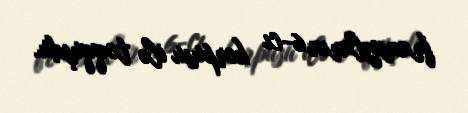
fransızların 6-cı korpusu ilə toqquşdu.